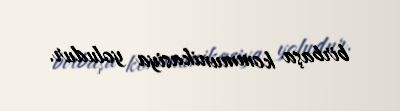
birbaşa kommunikasiya yoludur.